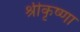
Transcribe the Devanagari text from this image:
श्रीकृष्णा